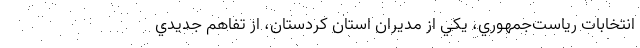
انتخابات رياست‌جمهوري، يكي از مديران استان كردستان، از تفاهم جديدي